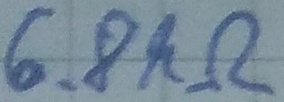
Text: 6.8kΩ